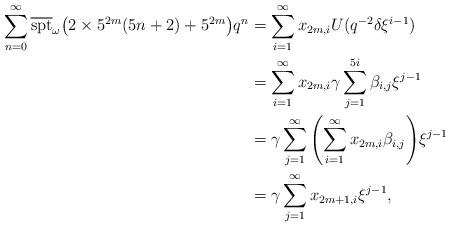
LaTeX: \begin{align*}\sum_{n=0}^\infty\overline{\textrm{spt}}_\omega{\left(2\times5^{2m}(5n+2)+5^{2m}\right)}q^n &=\sum_{i=1}^\infty x_{2m,i}U(q^{-2}\delta\xi^{i-1})\\ &=\sum_{i=1}^\infty x_{2m,i}\gamma\sum_{j=1}^{5i}\beta_{i,j}\xi^{j-1}\\ &=\gamma\sum_{j=1}^\infty{\left(\sum_{i=1}^\infty x_{2m,i}\beta_{i,j}\right)}\xi^{j-1}\\ &=\gamma\sum_{j=1}^\infty x_{2m+1,i}\xi^{j-1},\end{align*}